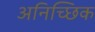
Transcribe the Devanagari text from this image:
अनिच्छिक